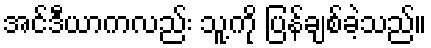
အင်ဒီယာကလည်း သူ့ကို ပြန်ချစ်ခဲ့သည်။